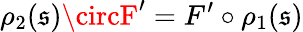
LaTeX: \rho_{2}(\mathfrak{s})\circF^{\prime}=F^{\prime}\circ\rho_{1}(\mathfrak{s})